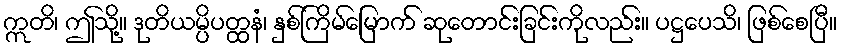
ဣတိ၊ ဤသို့။ ဒုတိယမ္ပိပတ္ထနံ၊ နှစ်ကြိမ်မြောက် ဆုတောင်းခြင်းကိုလည်း။ ပဋ္ဌပေသိ၊ ဖြစ်စေပြီ။